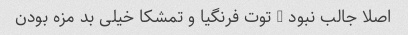
اصلا جالب نبود … توت فرنگیا و تمشکا خیلی بد مزه بودن